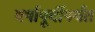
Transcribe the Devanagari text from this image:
वर्षापूर्वीपर्यंत